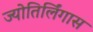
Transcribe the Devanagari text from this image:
ज्योतिर्लिंगास